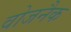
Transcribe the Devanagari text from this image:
वोजनैक